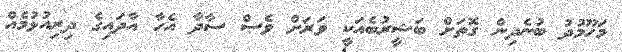
މަހޫމުދު ބުނެދިން ގޮތަށް ބަޝީރުބެއަކީ ވަރަށް ވެސް ސާދާ އެހާ އާދައިގެ ދިރިއުޅުމެއް